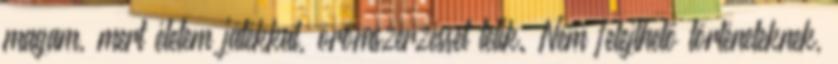
magam, mert életem játékkal, örömszerzéssel telik. Nem felejthető történeteknek,